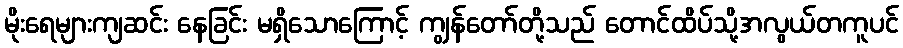
မိုးရေများကျဆင်း နေခြင်း မရှိသောကြောင့် ကျွန်တော်တို့သည် တောင်ထိပ်သို့အလွယ်တကူပင်